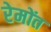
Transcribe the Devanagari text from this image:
रेमोंत